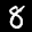
Label: 8